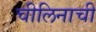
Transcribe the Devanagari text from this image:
चीलिनाची